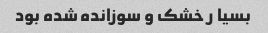
بسیا ر خشک و سوزانده شده بود